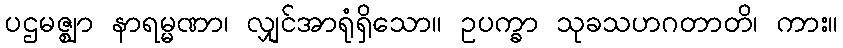
ပဌမဇ္ဈာ နာရမ္မဏာ၊ လျှင်အာရုံရှိသော။ ဥပက္ခာ သုခသဟဂတာတိ၊ ကား။